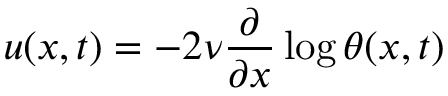
u ( x , t ) = - 2 \nu \frac { \partial } { \partial x } \log \theta ( x , t )